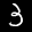
Label: 3